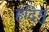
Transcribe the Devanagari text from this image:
हदिमु